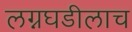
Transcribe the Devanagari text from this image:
लग्नघडीलाच